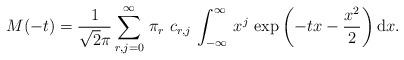
LaTeX: \begin{align*}M(-t)=\frac{1}{\sqrt 2\pi}\sum_{r,j=0}^\infty \,\pi_r\,\,c_{r,j}\,\int_{-\infty}^{\infty}\,x^{j}\,\exp\left(-t x-\frac{x^2}{2}\right)\mathrm{d}x.\end{align*}